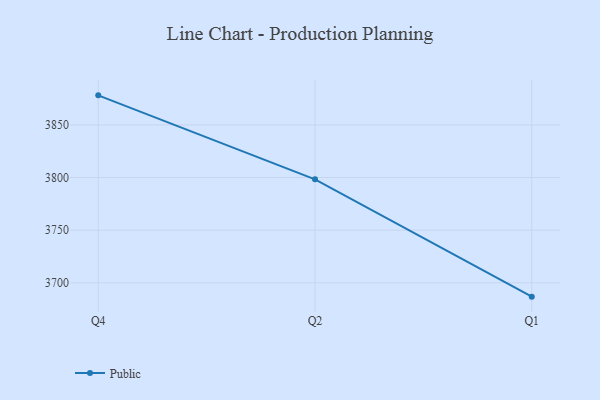
{"axis": {"x": "Quarter", "y": "Humidity (%)"}, "legend": ["Public"], "data": [{"x": "Q4", "y": 3878.1, "type": "Public"}, {"x": "Q2", "y": 3798.3, "type": "Public"}, {"x": "Q1", "y": 3686.8, "type": "Public"}]}